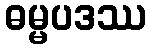
ဓမ္မပဒဿ